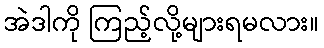
အဲဒါကို ကြည့်လို့များရမလား။